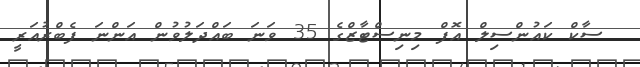
ސާކް ކައުންސިލް އޮފް މިނިސްޓާޒްގެ 35 ވަނަ ބައްދަލުވުން އަންނަ ފެބްރުއަރީ